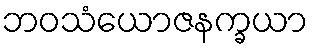
ဘဝသံယောဇနက္ခယာ